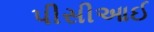
પીસીઆઈ